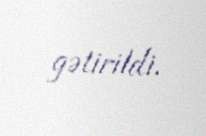
gətirildi.